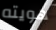
هويته